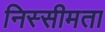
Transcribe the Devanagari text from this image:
निस्सीमता